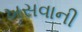
ખસવાની